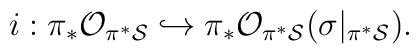
i:\pi_{*}{\cal O}_{\pi^* {\cal S}} \hookrightarrow\pi_*{\cal O}_{\pi^* {\cal S}}(\sigma|_{\pi^* {\cal S}}).